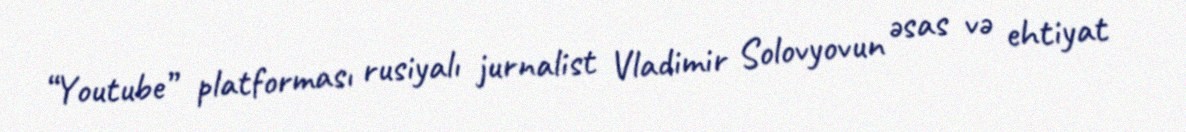
“Youtube” platforması rusiyalı jurnalist Vladimir Solovyovun əsas və ehtiyat